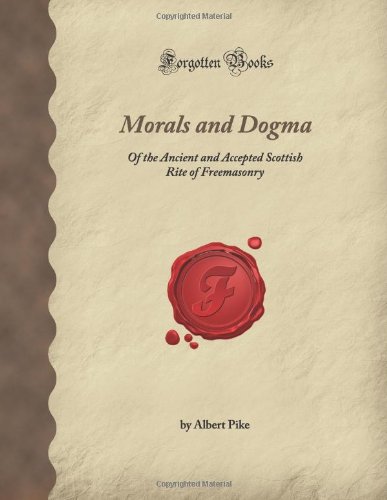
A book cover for Morals and Dogma: Of the Ancient and Accepted Scottish Rite of Freemasonry (Forgotten Books); Albert Pike; Religion & Spirituality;